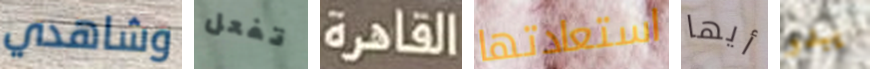
وشاهدي تفعل القاهرة استعادتها أيها يبدو